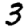
Digit: 3